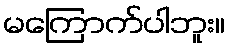
မကြောက်ပါဘူး။